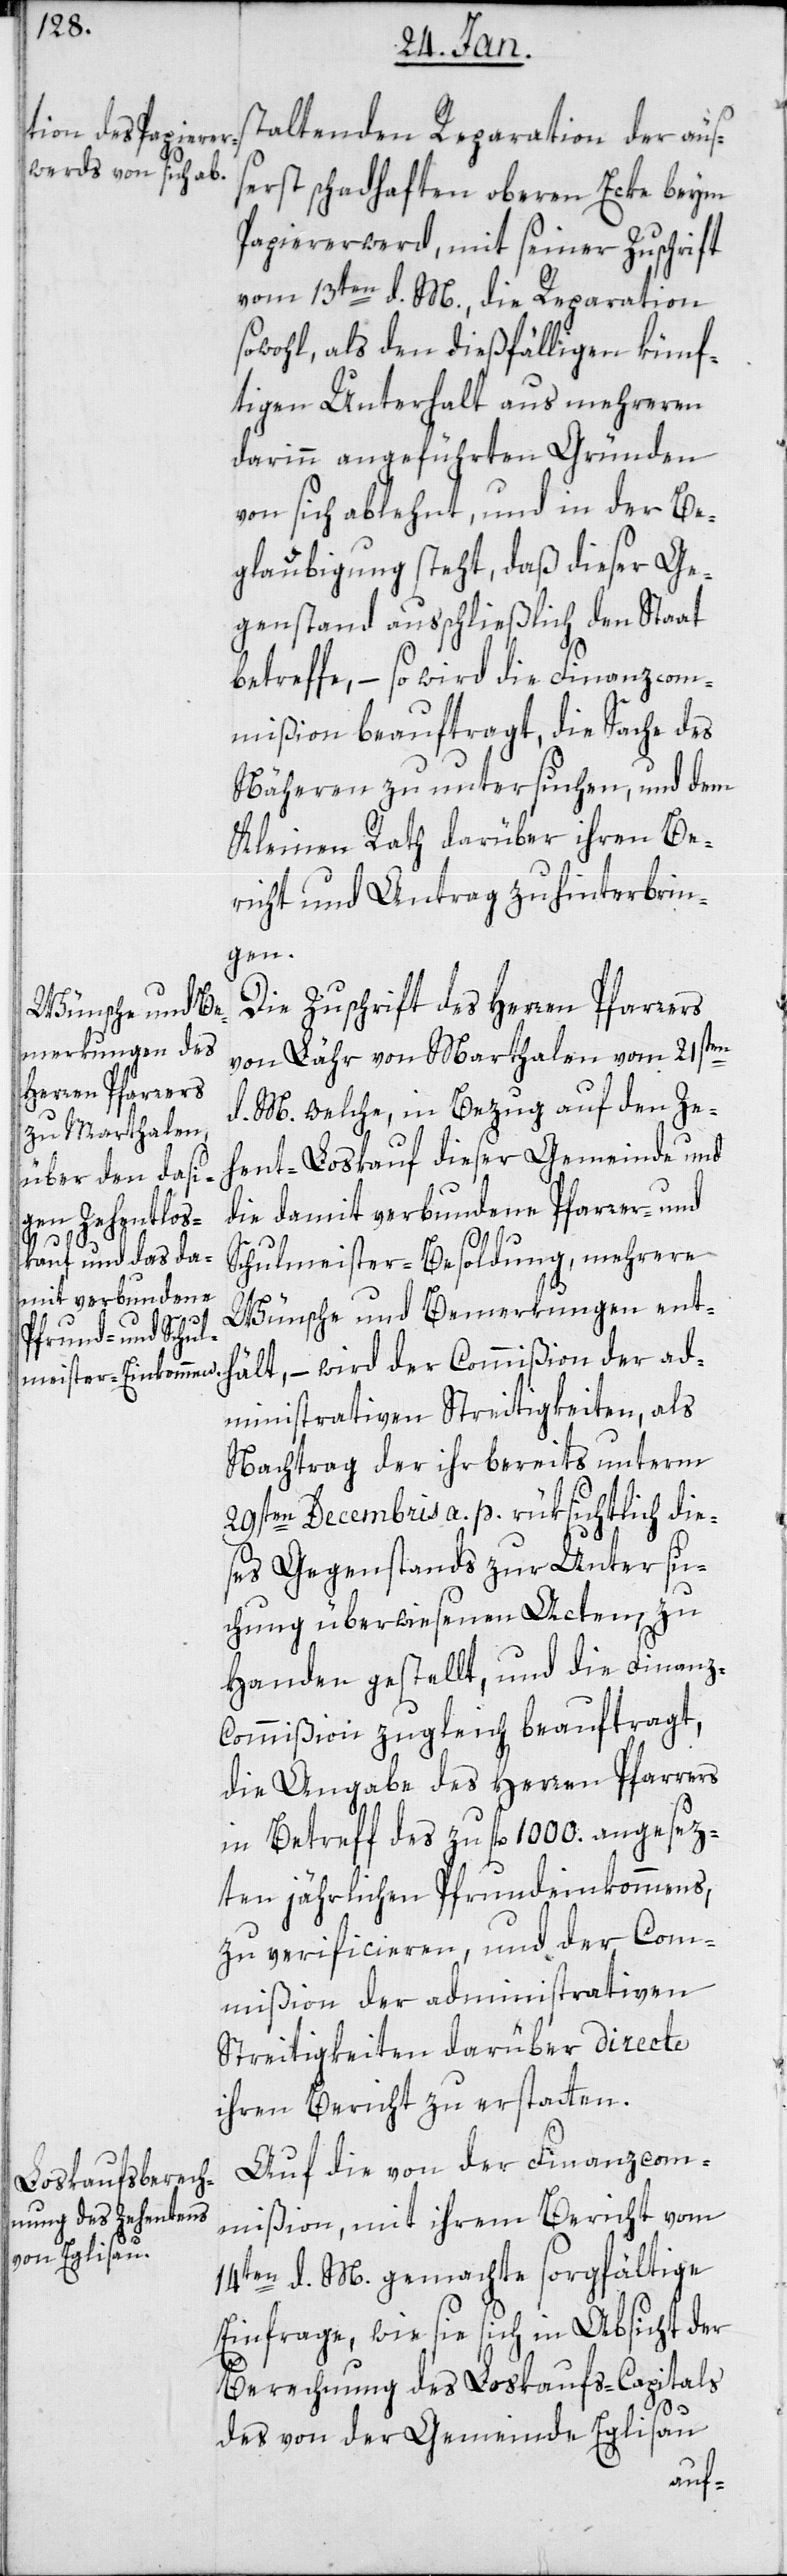
staltenden Reparation der äus¬
serst schadhaften oberen Ecke beim
Papiererwerd, mit seiner Zuschrift
vom 13ten d. M., die Reparation
sowohl als den dießfälligen künf¬
tigen Unterhalt aus mehreren
darin angeführten Gründen
von sich ablehnt, und in der Be¬
glaubigung steht, daß dieser Ge¬
genstand außchließlich den Staat
betreffe, – so wird die Finanzcom¬
mißion beauftragt, die Sache des
Näheren zu untersuchen, und dem
Kleinen Rath darüber ihren Be¬
richt und Antrag zu hinterbrin¬
gen.
Die Zuschrift des Herren Pfarrers
von Lähr von Marthalen vom 21sten
d. M. welche in Bezug auf den Ze¬
hent-Loskauf dieser Gemeinde und
die damit verbundene Pfarrer- und
Schulmeister-Besoldung, mehrere
Wünsche und Bemerkungen ent¬
hält, – wird der Commißion der ad¬
ministrativen Streitigkeiten, als
Nachtrag der ihr bereits unterm
29sten Decembris a. p. rüksichtlich die¬
ses Gegenstands zur Untersu¬
chung überwiesenen Acten, zu
Handen gestellt, und die Finanz-C¬
ommißion zugleich beauftragt,
die Angabe des Herren Pfarrers
in Betreff des zu fl. 1000. angesetz¬
ten jährlichen Pfrundeinkommens,
zu verificieren, und der Com¬
mißion der administrativen
Streitigkeiten darüber directe
ihren Bericht zu erstatten.
Auf die von der Finanz-Com¬
mißion mit ihrem Bericht vom
14ten d. M. gemachte sorgfältige
Einfrage, wie sie sich in Absicht der
Berechnung des Loskaufs-Capitals
des von der Gemeinde Eglisau